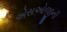
એસઓજીની